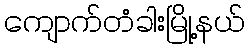
ကျောက်တံခါးမြို့နယ်